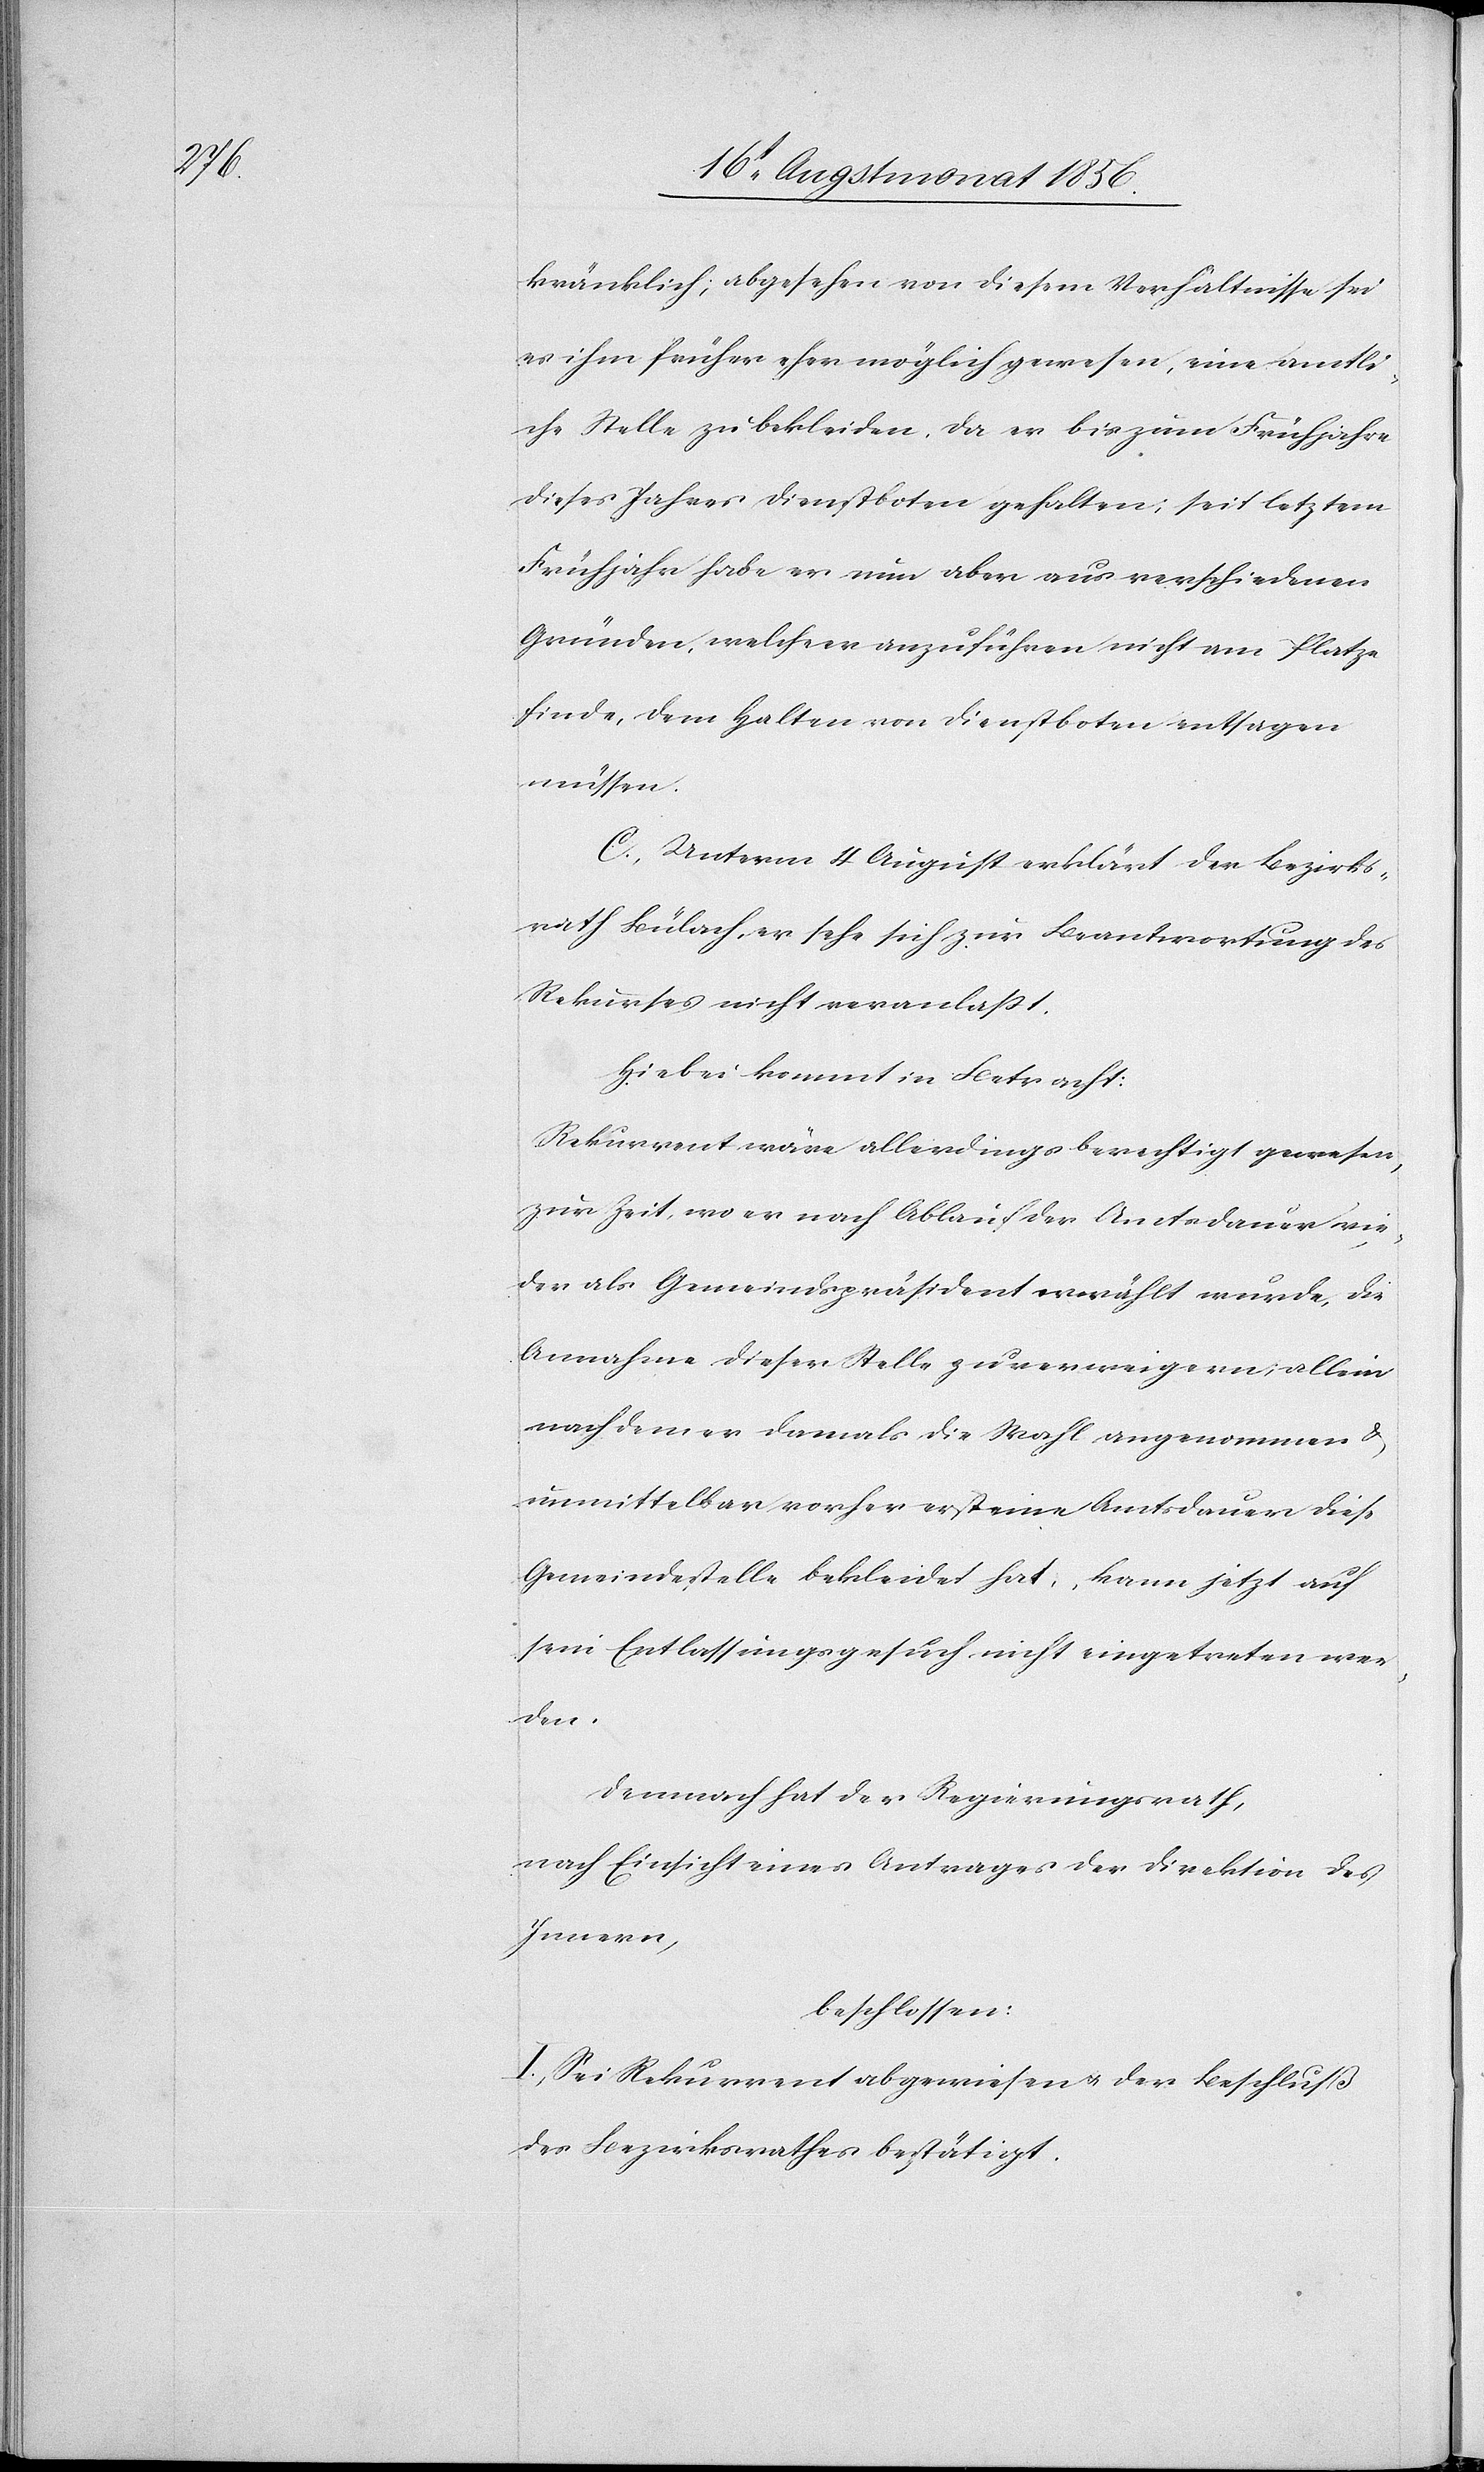
wie¬

kränklich; abgesehen von diesem Verhältnisse sei
es ihm früher eher möglich gewesen, eine amtli¬
che Stelle zu bekleiden, da er bis zum Frühjahre
dieses Jahres Dienstboten gehalten; seit letztem
Frühjahr habe er nun aber aus verschiedenen
Gründen, welche er anzuführen nicht am Platze
finde, dem Halten von Dienstboten entsagen
müssen.
C.) Unterm 4 August erklärt der Bezirks¬
rath Bülach, er sehe sich zur Beantwortung des
Rekurses nicht veranlasst.
Hiebei kommt in Betracht:
Rekurrent wäre allerdings berechtigt gewesen,
zur Zeit, wo er nach Ablauf der Amtsdauer vieder
der] als Gemeindspräsident erwählt wurde, die
Annahme dieser Stelle zu verweigern; allein
nachdem er damals die Wahl angenommen &
unmittelbar vorher erst eine Amtsdauer diese
Gemeindestelle bekleidet hat, kann jetzt auf
sein Entlassungsgesuch nicht eingetreten wer¬
den.
Demnach hat der Regierungsrath,
nach Einsicht eines Antrages der Direktion des
Innern,
beschlossen:
I.) Sei Rekurrent abgewiesen u. der Beschluß
des Bezirksrathes bestätigt.